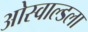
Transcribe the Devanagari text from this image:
ओस्वाल्डला